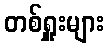
တစ်ရှူးများ